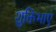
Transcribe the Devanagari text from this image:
शुक्तिभाएं